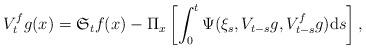
LaTeX: \begin{align*}V^{f}_{t}g(x)=\mathfrak{S}_{t}f(x)-\Pi_{x}\left[\int_{0}^{t}\Psi(\xi_{s},V_{t-s}g,V^{f}_{t-s}g){\rm d}s\right],\end{align*}